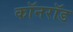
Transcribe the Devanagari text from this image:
कॉनरॉड